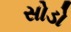
સોડો